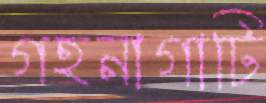
গহনাগাটি